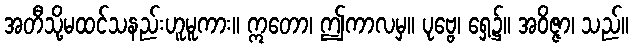
အတီသို့မထင်သနည်းဟူမူကား။ ဣတော၊ ဤကာလမှ။ ပုဗ္ဗေ၊ ရှေ့၌။ အဝိဇ္ဇာ၊ သည်။